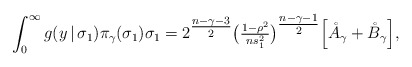
\begin{align*}\int_{0}^{\infty} g(y \, | \, \sigma_{1}) \pi_{\gamma}(\sigma_{1}) \sigma_{1} = 2^{\tfrac{n-\gamma-3}{2}} \big ( \tfrac{1- \rho^{2}}{n s_{1}^{2}} \big )^{\tfrac{n - \gamma - 1}{2}} \Big [ \mathring{A}_{\gamma} + \mathring{B}_{\gamma} \Big ] ,\end{align*}